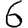
Digit: 6